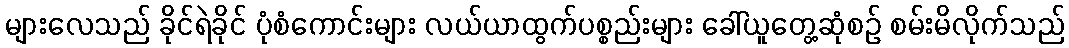
များလေသည် ခိုင်ရဲခိုင် ပုံစံကောင်းများ လယ်ယာထွက်ပစ္စည်းများ ခေါ်ယူတွေ့ဆုံစဉ် စမ်းမိလိုက်သည်